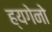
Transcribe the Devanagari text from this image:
ह्यगेनो